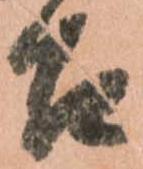
召